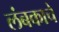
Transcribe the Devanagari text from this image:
लंबकाचे